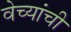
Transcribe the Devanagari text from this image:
वेच्यांची